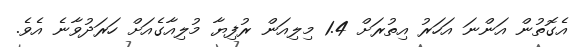
އެގޮތުން އަންނަ އަހަރު އިތުރަށް 1.4 މިލިއަން ރުފިޔާ މުލިއާގެއަށް ހަރަދުވާނެ އެވެ.